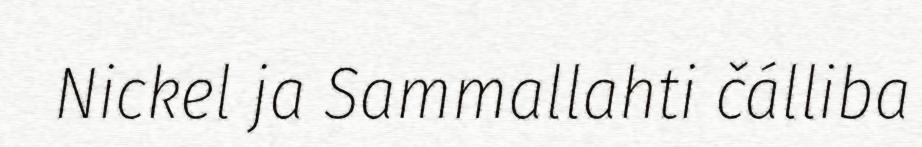
Nickel ja Sammallahti čálliba